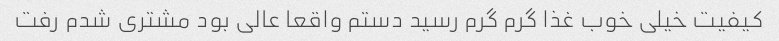
کیفیت خیلی خوب غذا گرم گرم رسید دستم واقعا عالی بود مشتری شدم رفت